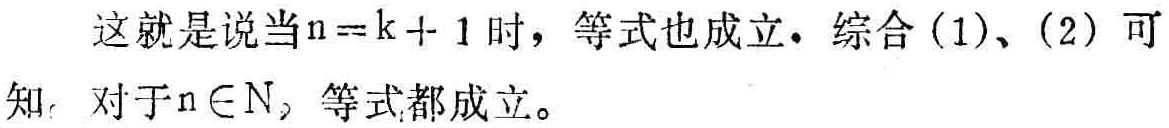
这就是说当\(n = k + 1\)时，等式也成立。综合(1)、(2)可知，对于\(n\in N\)，等式都成立。